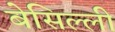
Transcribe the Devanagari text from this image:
बेसिल्ली